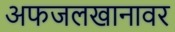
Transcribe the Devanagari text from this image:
अफजलखानावर